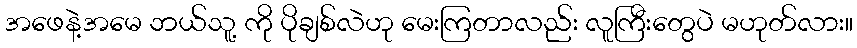
အဖေနဲ့အမေ ဘယ်သူ့ ကို ပိုချစ်လဲဟု မေးကြတာလည်း လူကြီးတွေပဲ မဟုတ်လား။